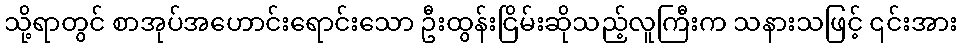
သို့ရာတွင် စာအုပ်အဟောင်းရောင်းသော ဦးထွန်းငြိမ်းဆိုသည့်လူကြီးက သနားသဖြင့် ၎င်းအား